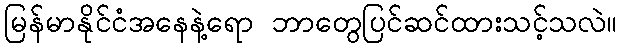
မြန်မာနိုင်ငံအနေနဲ့ရော ဘာတွေပြင်ဆင်ထားသင့်သလဲ။